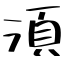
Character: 湏